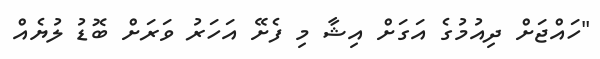
"ހައްޖަށް ދިއުމުގެ އަގަށް އިޝާ މި ފެށޭ އަހަރު ވަރަށް ބޮޑު ލުޔެއް